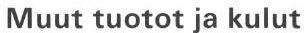
Muut tuotot ja kulut